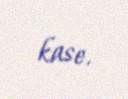
kase.